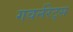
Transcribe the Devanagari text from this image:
गवर्नरेट्स